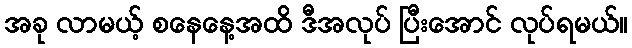
အခု လာမယ့် စနေနေ့အထိ ဒီအလုပ် ပြီးအောင် လုပ်ရမယ်။